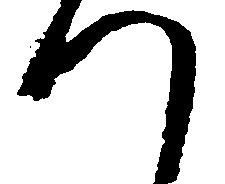
つ